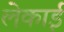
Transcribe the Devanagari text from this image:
लेकाई